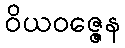
ဝိယဝဇ္ဇေန